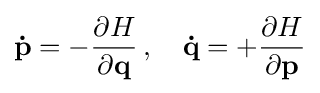
\mathbf {\dot {p}} =-{\frac {\partial H}{\partial \mathbf {q} }}\,,\quad \mathbf {\dot {q}} =+{\frac {\partial H}{\partial \mathbf {p} }}